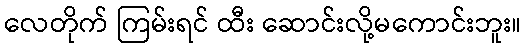
လေတိုက် ကြမ်းရင် ထီး ဆောင်းလို့မကောင်းဘူး။